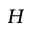
H